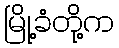
မြို့ခံတို့က